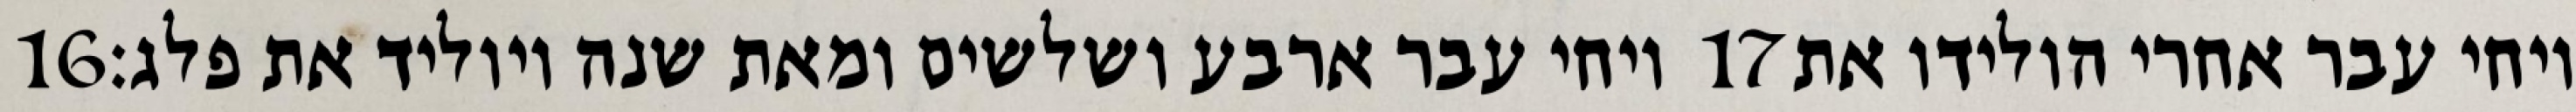
‎16‏ ויחי עבר ארבע ושלשים ומאת שנה ויוליד את פלג׃ ‎17‏ ויחי עבר אחרי הולידו את